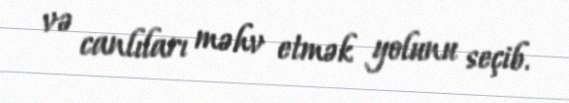
və canlıları məhv etmək yolunu seçib.